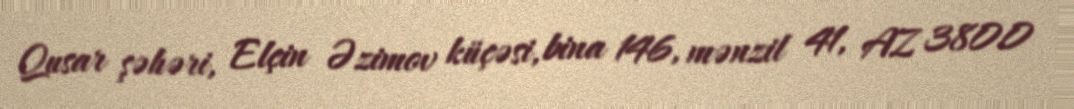
Qusar şəhəri, Elçin Əzimov küçəsi, bina 146, mənzil 41, AZ 3800